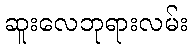
ဆူးလေဘုရားလမ်း